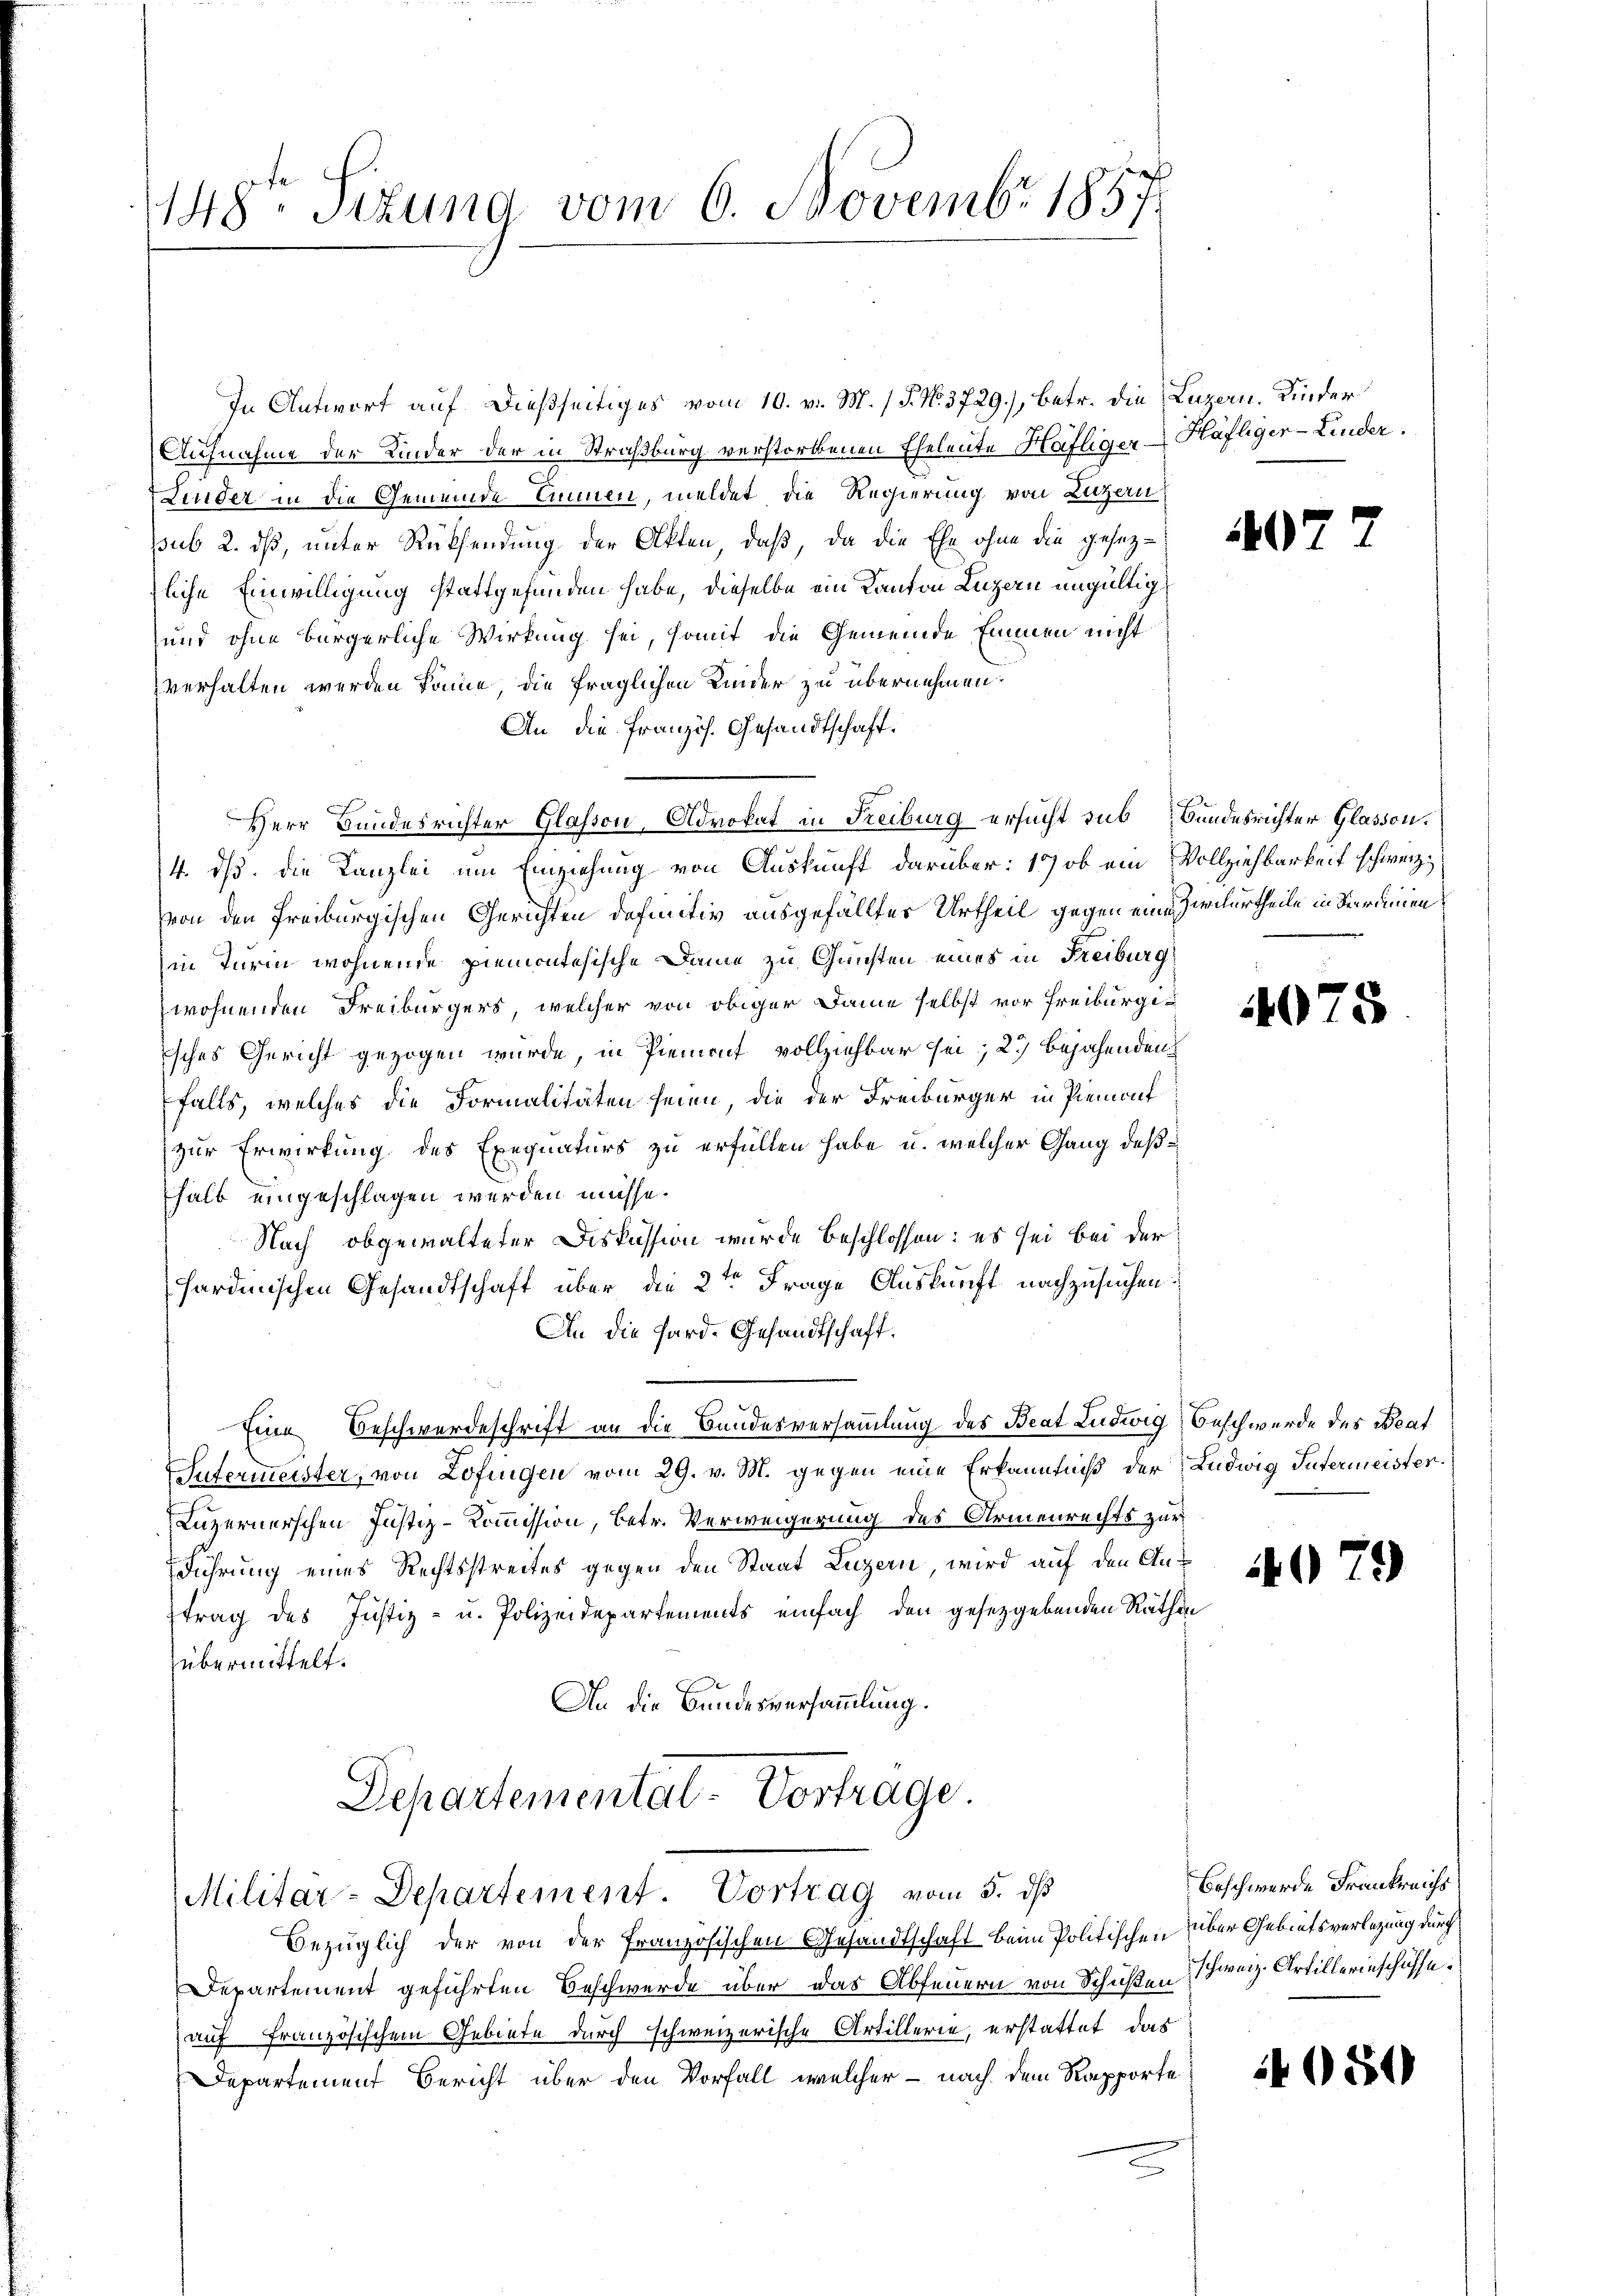
148. Sizung vom 6. Novembr 1857

In Antwort auf dießseitiges vom 10. v. M. / 5. No. 3729), betr. die Luzern. Kinder
Aufnahme der Kinder der in Straßburg verstorbenen Eheleute Häfliger - Häfliger-Linder.
Linder in die Gemeinde Emmen, meldet die Regierung von Luzern
sub. 2. ds, unter Rücksendung der Akten, daß, da die Ehe ohne die gesez- 7
zliche Einwilligung stattgefunden habe, dieselbe ein Kanton Luzern ungültig
und ohne bürgerliche Wirkung sei, somit die Gemeinde Emmen nicht
verhalten werden könne, die fraglichen Kinder zu übernehmen.
An die Französ. Gesandtschaft.
s
Herr Bundesrichter Glason, Advokat in Freiburg ersucht sub Bundesrichter Glasion.
14. ds. die Kanzlei um Einziehung von Auskunft darüber: 17 ob ein Vollziehbarkeit schweiz.
von den Freiburgischen Gerichten definitiv ausgefälltes Urtheil gegen eine Zivilurtheile in Verdinien
in Turin wohnende Piemontesische Dame zu Gunsten eines in Freiburg
wohnenden Freiburgers, welcher von obiger Dame selbst vor Freiburgisches Gericht gezogen wurde, in Piemont vollziehbar sei; 2.) Bejahenden
falls, welches die Formalitäten seien, die der Freiburger in Piemont
zur Erwirkung des Exequaturs zu erfüllen habe u. welcher Gang deßhalb eingeschlagen werden müsse.
Nach obgewalteter Diskussion wurde beschlossen: es sei bei der
sardinischen Gesandtschaft über die 2ten Frage Auskunft nachzusuchen
An die Hard-Gesandtschaft.
Eine Beschwerdeschrift an die Bandesversammlung des Beat Ludwig Beschwerde des Beat
Sutermeister, von Zofingen vom 29. v. M. gegen eine Erkenntniß der Ludwig Intermeister
Luzernerschen Justiz-Kommission, betr. Verweigerung des Armenrechts zur
Führung eines Rechtsstreites gegen den Staat Luzern wird auf den Antrag des Justiz- u. Polizeidepartements einfach den gesetzgebenden Räthen
übermittelt.
An die Bundesversammlung.
Departemental-Vortrage.

Militar-Departement. Vortrag vom 5. ds

Bezüglich der von der französischen Gesandtschaft beim Politischen über Gebietsverlegung durch
Departement geführten Beschwerde über das Abfeuern von Schußen Schweiz. Artillerinschöffe
(auf Französischem Gebiete durch schweizerische Artillerie, erstattet, das
Departement Bericht über den Vorfall, welcher - nach dem Rapporte

4075

4079

Beschwerde Frankreichs

1054